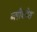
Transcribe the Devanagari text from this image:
ब्लौकोस